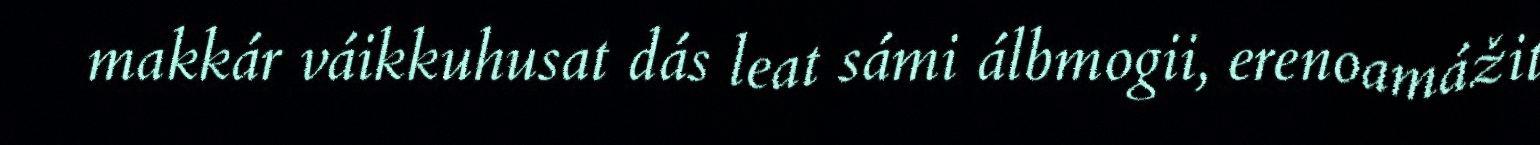
makkár váikkuhusat dás leat sámi álbmogii, erenoamážit